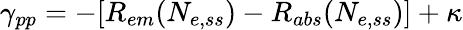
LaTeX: \gamma_{pp}=-[R_{em}(N_{e,ss})-R_{abs}(N_{e,ss})]+\kappa